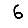
Digit: 6